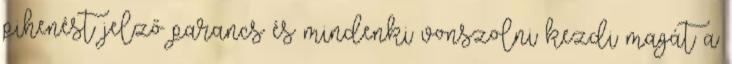
pihenést jelző parancs és mindenki vonszolni kezdi magát a